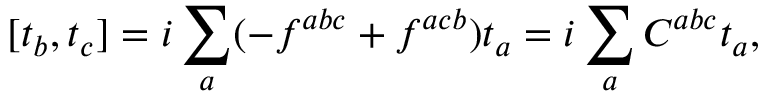
[ t _ { b } , t _ { c } ] = i \sum _ { a } ( - f ^ { a b c } + f ^ { a c b } ) t _ { a } = i \sum _ { a } C ^ { a b c } t _ { a } ,